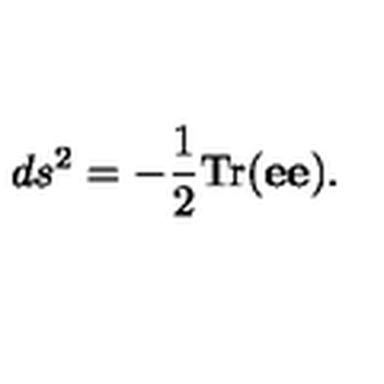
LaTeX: d s ^ { 2 } = - { \frac { 1 } { 2 } } \mathrm { T r } ( { \bf e } { \bf e } ) .